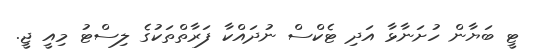
ޓީ ބަޔާން ހުށަނާޅާ އަދި ޓެކްސް ނުދައްކާ ފަރާތްތަކުގެ ލިސްޓު މިއީ ޖީ.